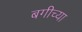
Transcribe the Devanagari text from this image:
बगीच्या